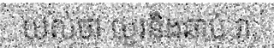
យល់ថា យូរនិងឆាប់ វា